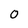
Character: 0